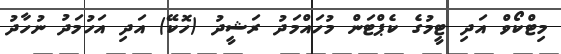
މިޓްކޯވް އަދި ޓީމުގެ ކެޕްޓަން މުހައްމަދު ރަޝީދު (ހޮކޭ) އަދި އަހުމަދު ނުހާދު